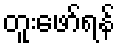
တူးဖော်ရန်